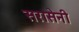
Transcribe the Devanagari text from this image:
सरासेनी